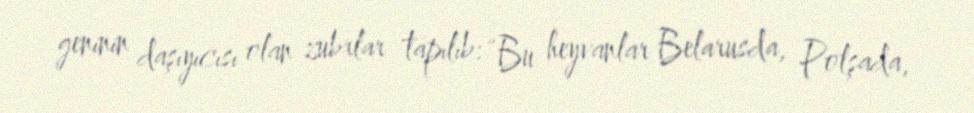
geninin daşıyıcısı olan zubrlar tapılıb: “Bu heyvanlar Belarusda, Polşada,